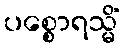
ပစ္စောရသ္မိံ